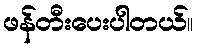
ဖန်တီးပေးပါတယ်။